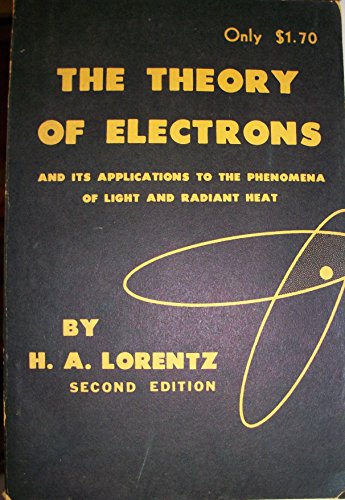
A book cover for The Theory of Electrons and Its Applications to the Phenomena of Light and Radiant Heat. Second Edition; H A Lorentz; Science & Math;